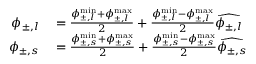
\begin{array} { r l } { \phi _ { \pm , l } } & { { } = \frac { \phi _ { \pm , l } ^ { \operatorname* { m i n } } + \phi _ { \pm , l } ^ { \operatorname* { m a x } } } { 2 } + \frac { \phi _ { \pm , l } ^ { \operatorname* { m i n } } - \phi _ { \pm , l } ^ { \operatorname* { m a x } } } { 2 } \widehat { { \phi _ { \pm , l } } } } \\ { \phi _ { \pm , s } } & { { } = \frac { \phi _ { \pm , s } ^ { \operatorname* { m i n } } + \phi _ { \pm , s } ^ { \operatorname* { m a x } } } { 2 } + \frac { \phi _ { \pm , s } ^ { \operatorname* { m i n } } - \phi _ { \pm , s } ^ { \operatorname* { m a x } } } { 2 } \widehat { { \phi _ { \pm , s } } } } \end{array}